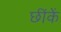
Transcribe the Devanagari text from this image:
छींकें